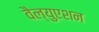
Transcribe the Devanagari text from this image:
वैल्युएशन